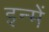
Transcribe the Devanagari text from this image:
इन्‍में